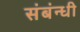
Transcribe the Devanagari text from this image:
संबंन्धी